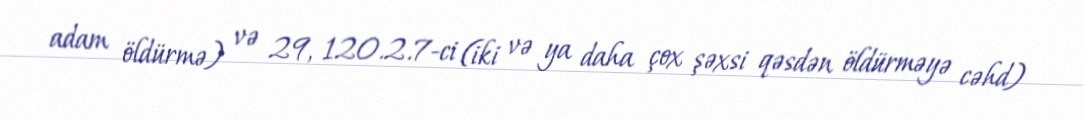
adam öldürmə) və 29, 120.2.7-ci (iki və ya daha çox şəxsi qəsdən öldürməyə cəhd)